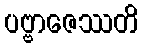
ပဗ္ဗာဇေဿတိ